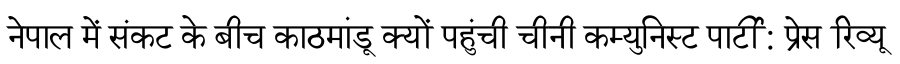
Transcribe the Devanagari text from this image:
नेपाल में संकट के बीच काठमांडू क्यों पहुंची चीनी कम्युनिस्ट पार्टी: प्रेस रिव्यू